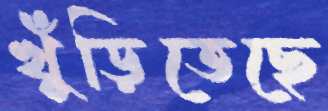
খুঁড়িতেছে